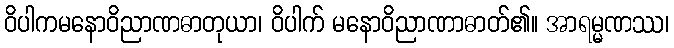
ဝိပါကမနောဝိညာဏဓာတုယာ၊ ဝိပါက် မနောဝိညာဏာဓာတ်၏။ အာရမ္မဏဿ၊